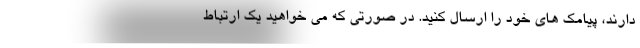
دارند، پیامک های خود را ارسال کنید. در صورتی که می خواهید یک ارتباط